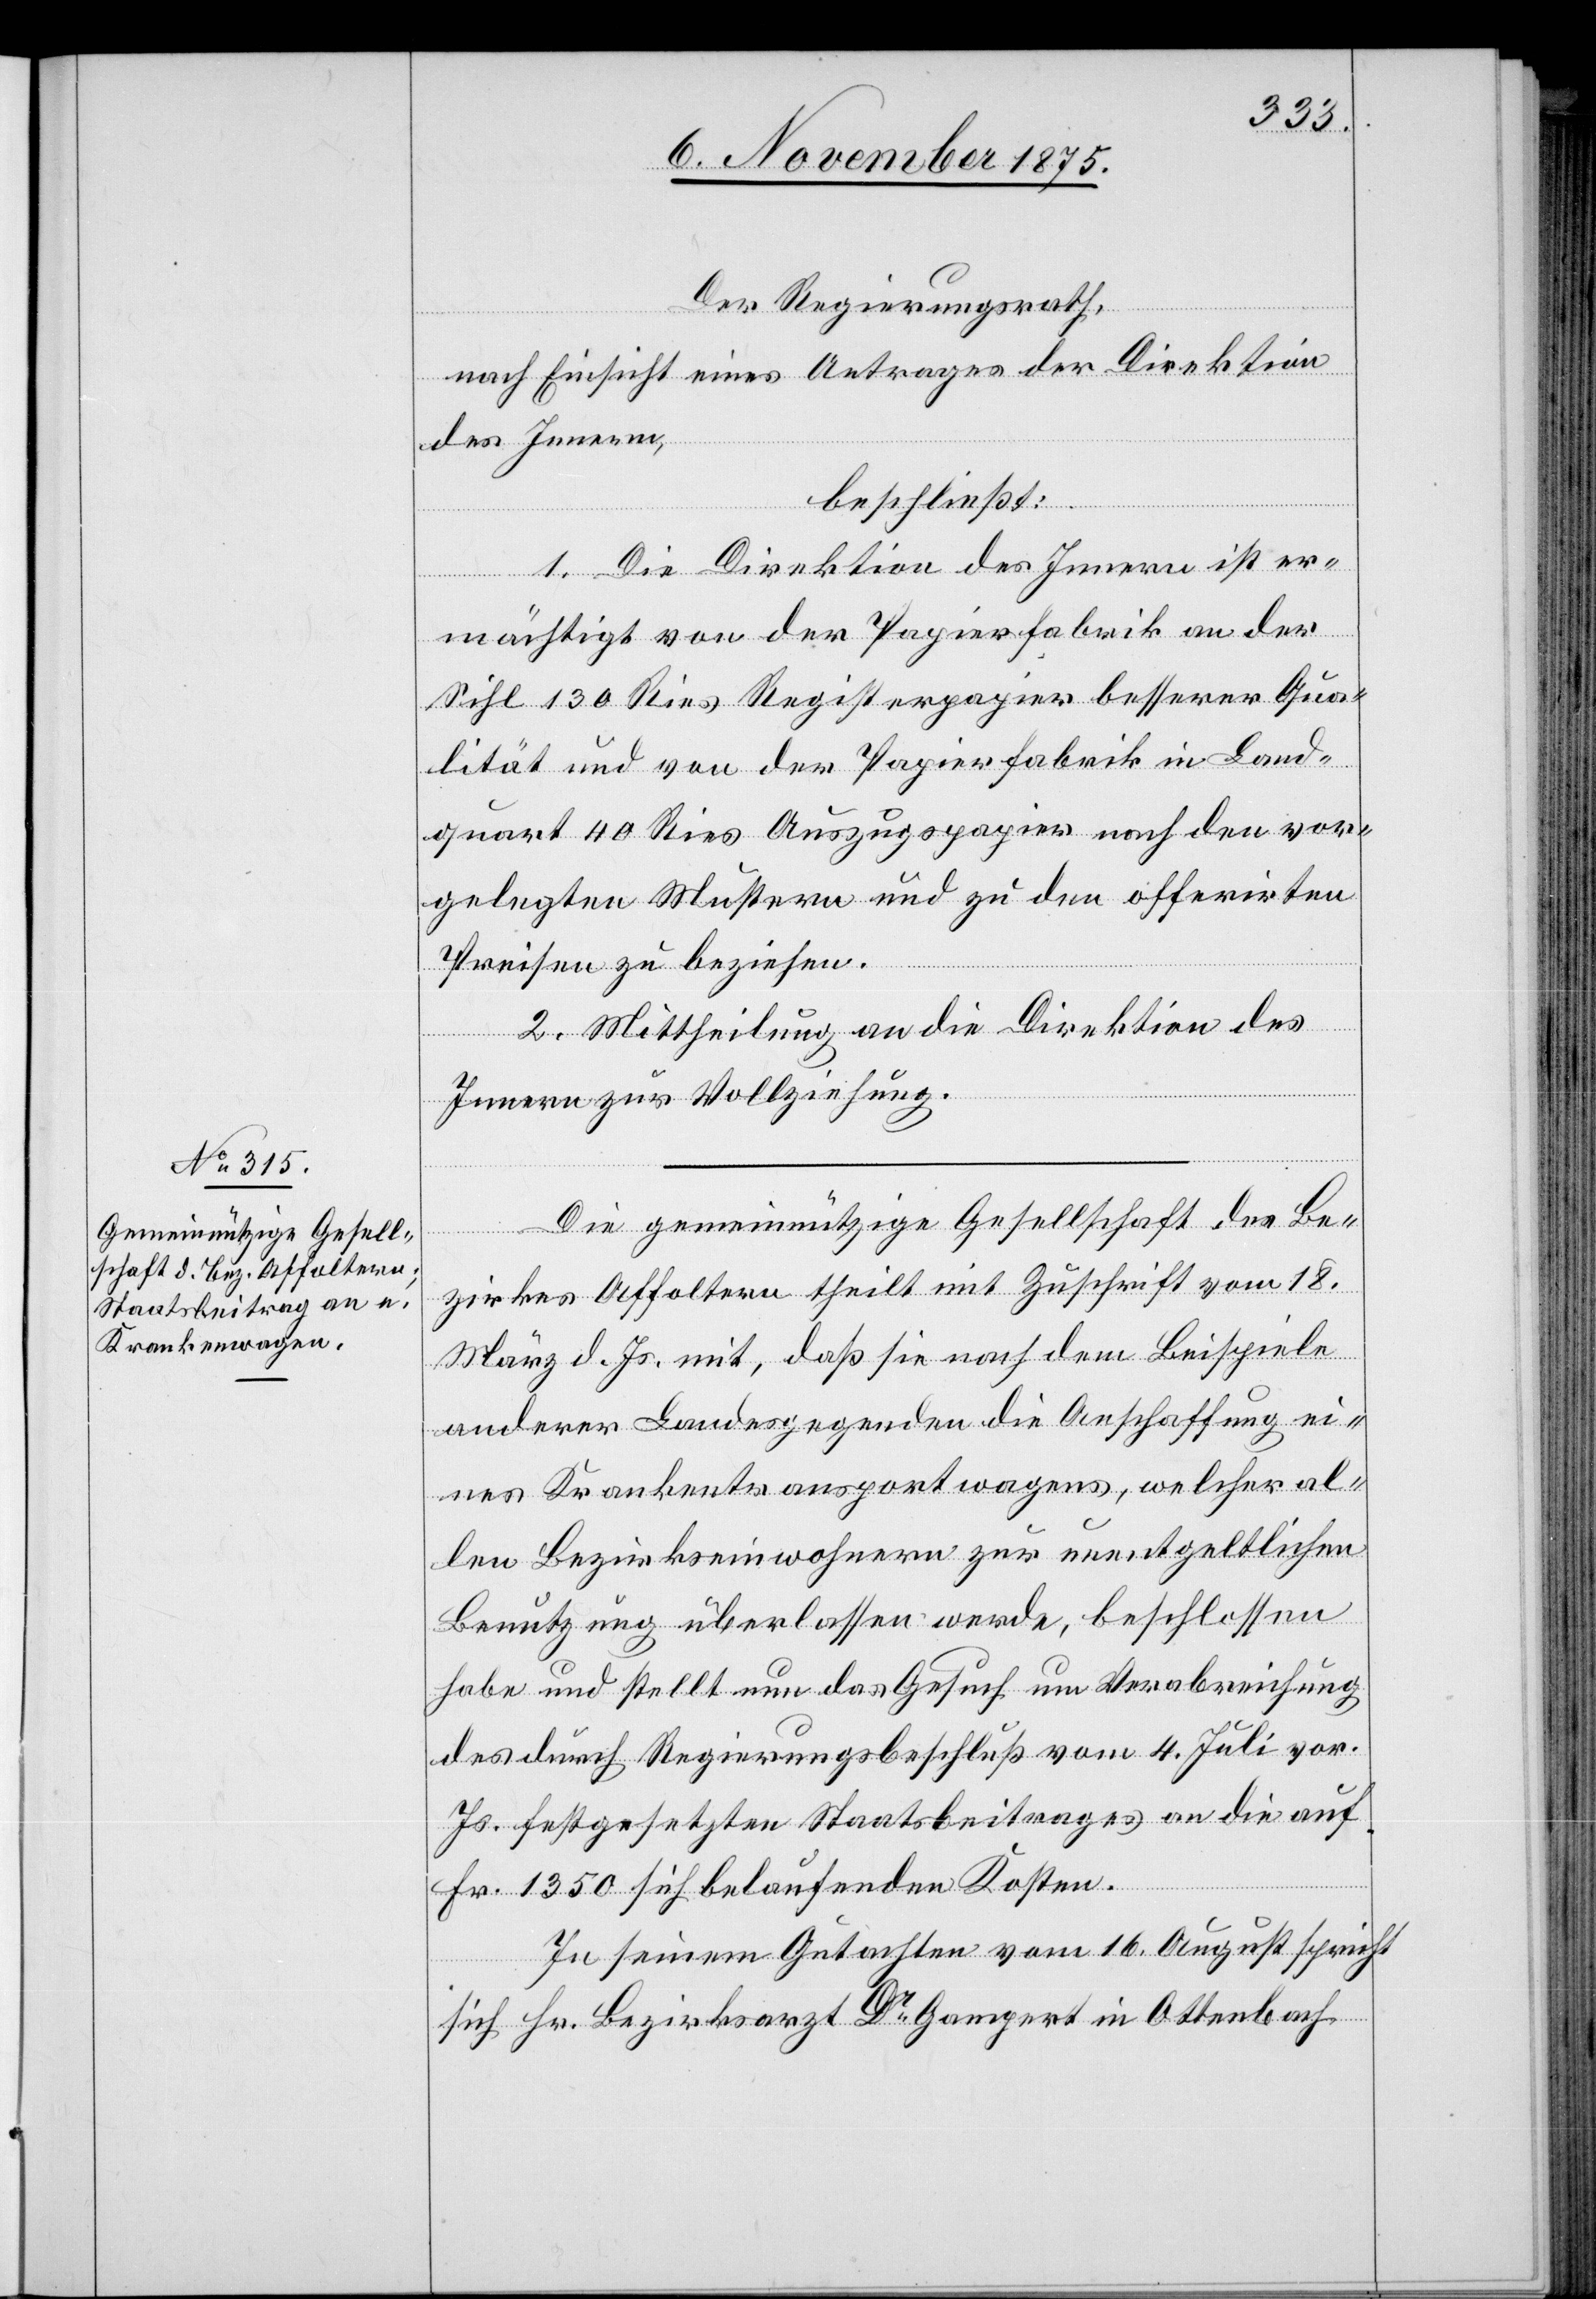
Der Regierungsrath,
nach Einsicht eines Antrages der Direktion
des Innern,
beschließt:
1. Die Direktion des Innern ist er¬
mächtigt von der Papierfabrik an der
Sihl 130 Ries Registerpapier besserer Qua¬
lität und von der Papierfabrik in Land¬
quart 40 Ries Auszugspapier nach den vor¬
gelegten Mustern und zu den offerirten
Preisen zu beziehen.
2. Mittheilung an die Direktion des
Innern zur Vollziehung.
Die gemeinnützige Gesellschaft des Be¬
zirkes Affoltern theilt mit Zuschrift vom 18.
März d. Js. mit, daß sie nach dem Beispiele
anderer Landesgegenden die Anschaffung ei¬
nes Krankentransportwagens, welcher al¬
len Bezirkseinwohnern zur unentgeltlichen
Benutzung überlassen werde, beschlossen
habe und stellt nun das Gesuch um Verabreichung
des durch Regierungsbeschluß vom 4. Juli vor.
Js. festgesetzten Staatsbeitrages an die auf
Fr. 1350 sich belaufenden Kosten.
In seinem Gutachten vom 16. August spricht
sich Hr. Bezirksarzt Dr Gampert in Ottenbach